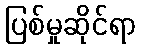
ပြစ်မှုဆိုင်ရာ